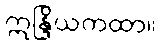
ဣန္ဒြိယကထာ။